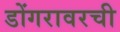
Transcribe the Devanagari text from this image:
डोंगरावरची